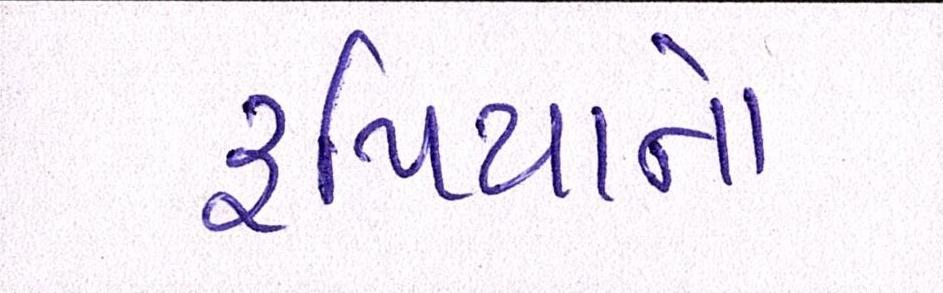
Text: રૃપિયાનો